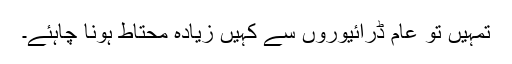
تمہیں تو عام ڈرائیوروں سے کہیں زیادہ محتاط ہونا چاہئے۔